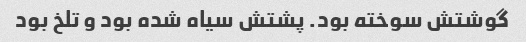
گوشتش سوخته بود. پشتش سیاه شده بود و تلخ بود